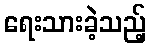
ရေးသားခဲ့သည့်